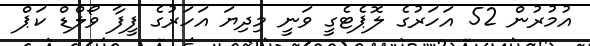
އުމުރުން 52 އަހަރުގެ ލޮޕެޓެގީ ވަނީ މިދިޔަ އަހަރުގެ ފީފާ ވޯލްޑް ކަޕް